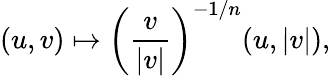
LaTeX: (u,v)\mapsto\left(\frac{v}{|v|}\right)^{-1/n}(u,|v|),